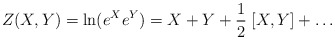
\begin{align*}Z(X,Y)=\ln( e^X e^Y ) = X + Y + {1\over2}\;[X,Y] + \dots\end{align*}